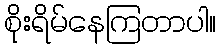
စိုးရိမ်နေကြတာပါ။